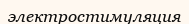
электростимуляция